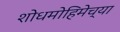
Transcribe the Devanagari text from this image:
शोधमोहिमेच्या